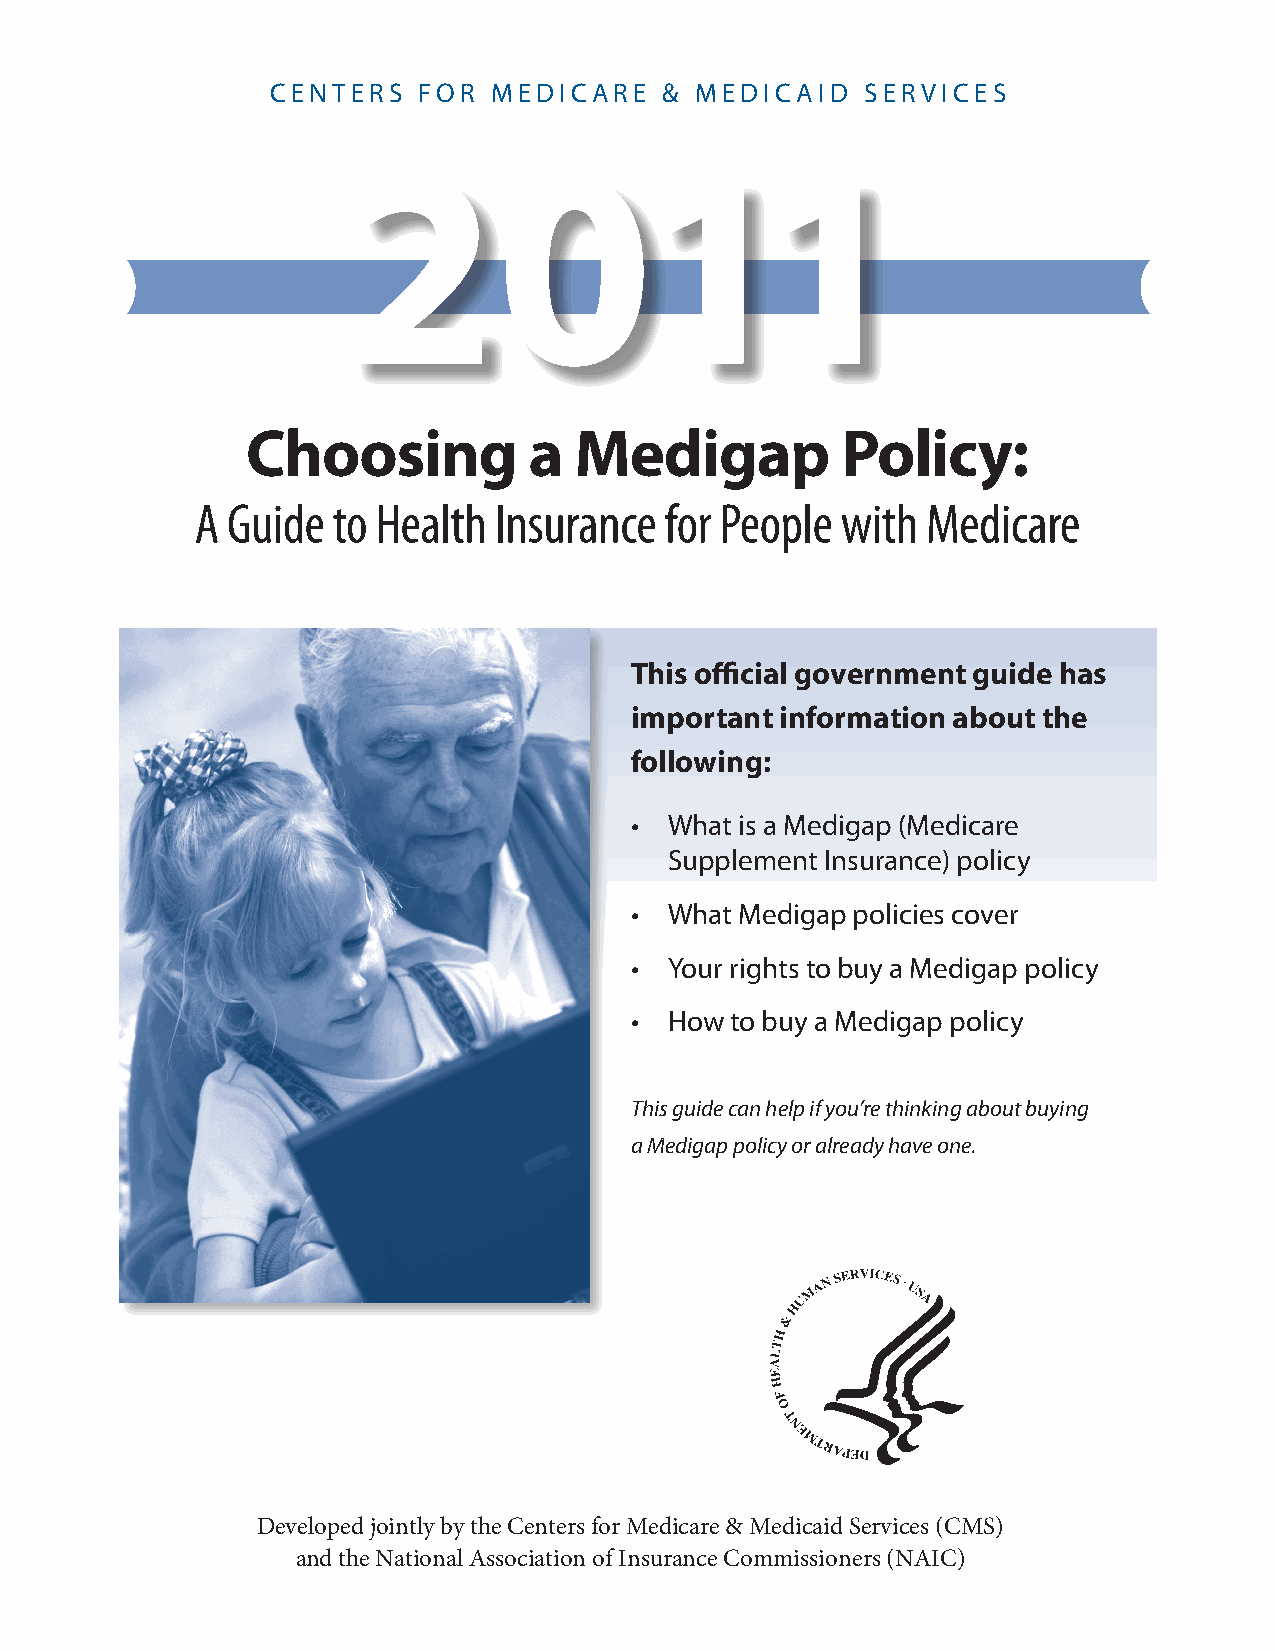
CENTERS   FOR  MEDICARE   & MEDICAID   SERVICES
 2011
 Choosing           a  Medigap           Policy:
 A Guide  to Health  Insurance  for People  with Medicare
 This official government guide has
 important information about the
 following:
 • What is a Medigap (Medicare
 Supplement Insurance) policy
 • What Medigap policies cover
 • Your rights to buy a Medigap policy
 • How to buy a Medigap policy
 This guide can help if you’re thinking about buying
 a Medigap policy or already have one.
 Developed jointly by the Centers for Medicare & Medicaid Services (CMS)
 and the National Association of Insurance Commissioners (NAIC)